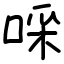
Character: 啋